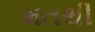
મતથી